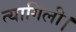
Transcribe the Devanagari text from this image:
त्यागिली।